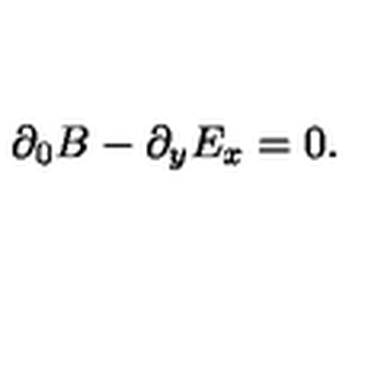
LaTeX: \partial _ { 0 } B - \partial _ { y } E _ { x } = 0 .